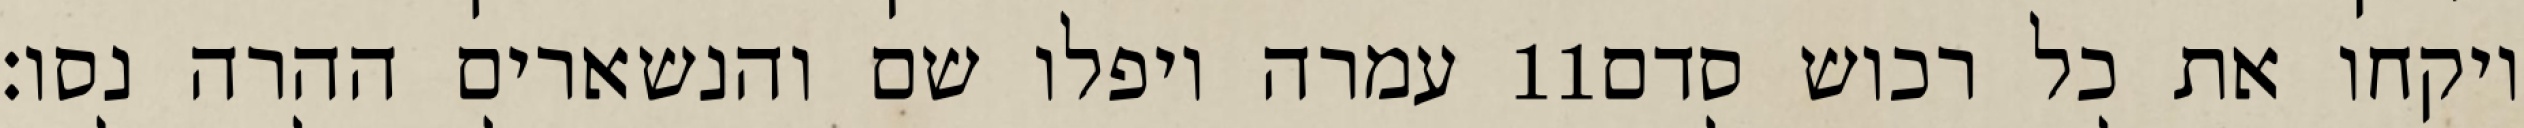
עמרה ויפלו שם והנשארים ההרה נסו׃ ‎11‏ ויקחו את כל רכוש סדם